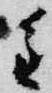
重